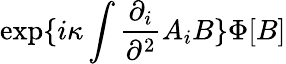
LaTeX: \exp\{ i\kappa\int\frac{\partial_{i}}{\partial^{2}}A_{i}B\} \Phi[B]